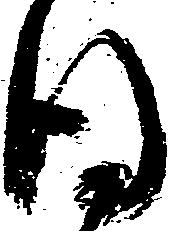
謹